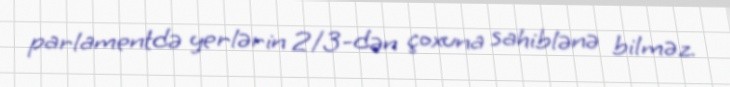
parlamentdə yerlərin 2/3-dən çoxuna sahiblənə bilməz.